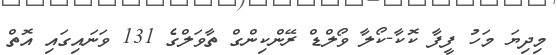
މިދިޔަ މަހު ފީފާ ކޮކާ-ކޯލާ ވޯލްޑް ރޭންކިންގް ތާވަލްގެ 131 ވަނައިގައި އޮތް